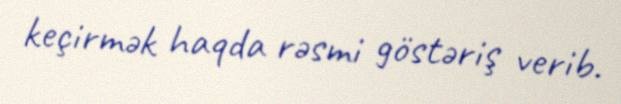
keçirmək haqda rəsmi göstəriş verib.